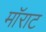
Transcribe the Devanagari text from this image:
मॉराट